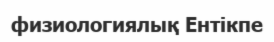
физиологиялық Ентікпе